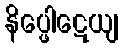
နိပ္ဖေါဋေယျ